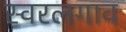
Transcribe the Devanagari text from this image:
स्वरलगाव